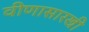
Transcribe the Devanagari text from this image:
वीणासारखी